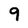
Character: 9